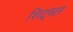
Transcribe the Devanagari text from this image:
शिट्स्टर